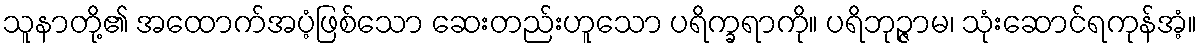
သူနာတို့၏ အထောက်အပံ့ဖြစ်သော ဆေးတည်းဟူသော ပရိက္ခရာကို။ ပရိဘုဉ္ဇာမ၊ သုံးဆောင်ရကုန်အံ့။